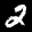
Label: 2